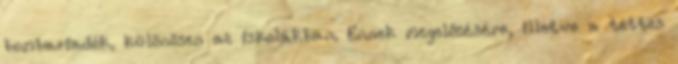
bombariadók, különösen az iskolákban. Ennek megelőzésére, illetve a tettes